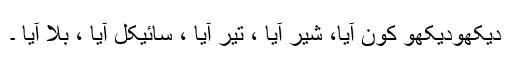
دیکھودیکھو کون آیا، شیر آیا ، تیر آیا ، سائیکل آیا ، بلا آیا ۔